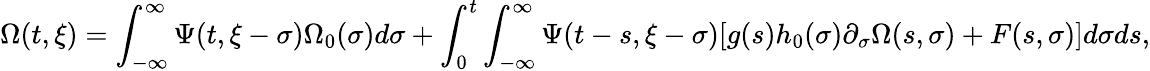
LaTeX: \Omega(t,\xi)=\int_{-\infty}^{\infty}\Psi(t,\xi-\sigma)\Omega_{0}(\sigma)d\sigma+\int_{0}^{t}\int_{-\infty}^{\infty}\Psi(t-s,\xi-\sigma)[g(s)h_{0}(\sigma)\partial_{\sigma}\Omega(s,\sigma)+F(s,\sigma)]d\sigma ds,